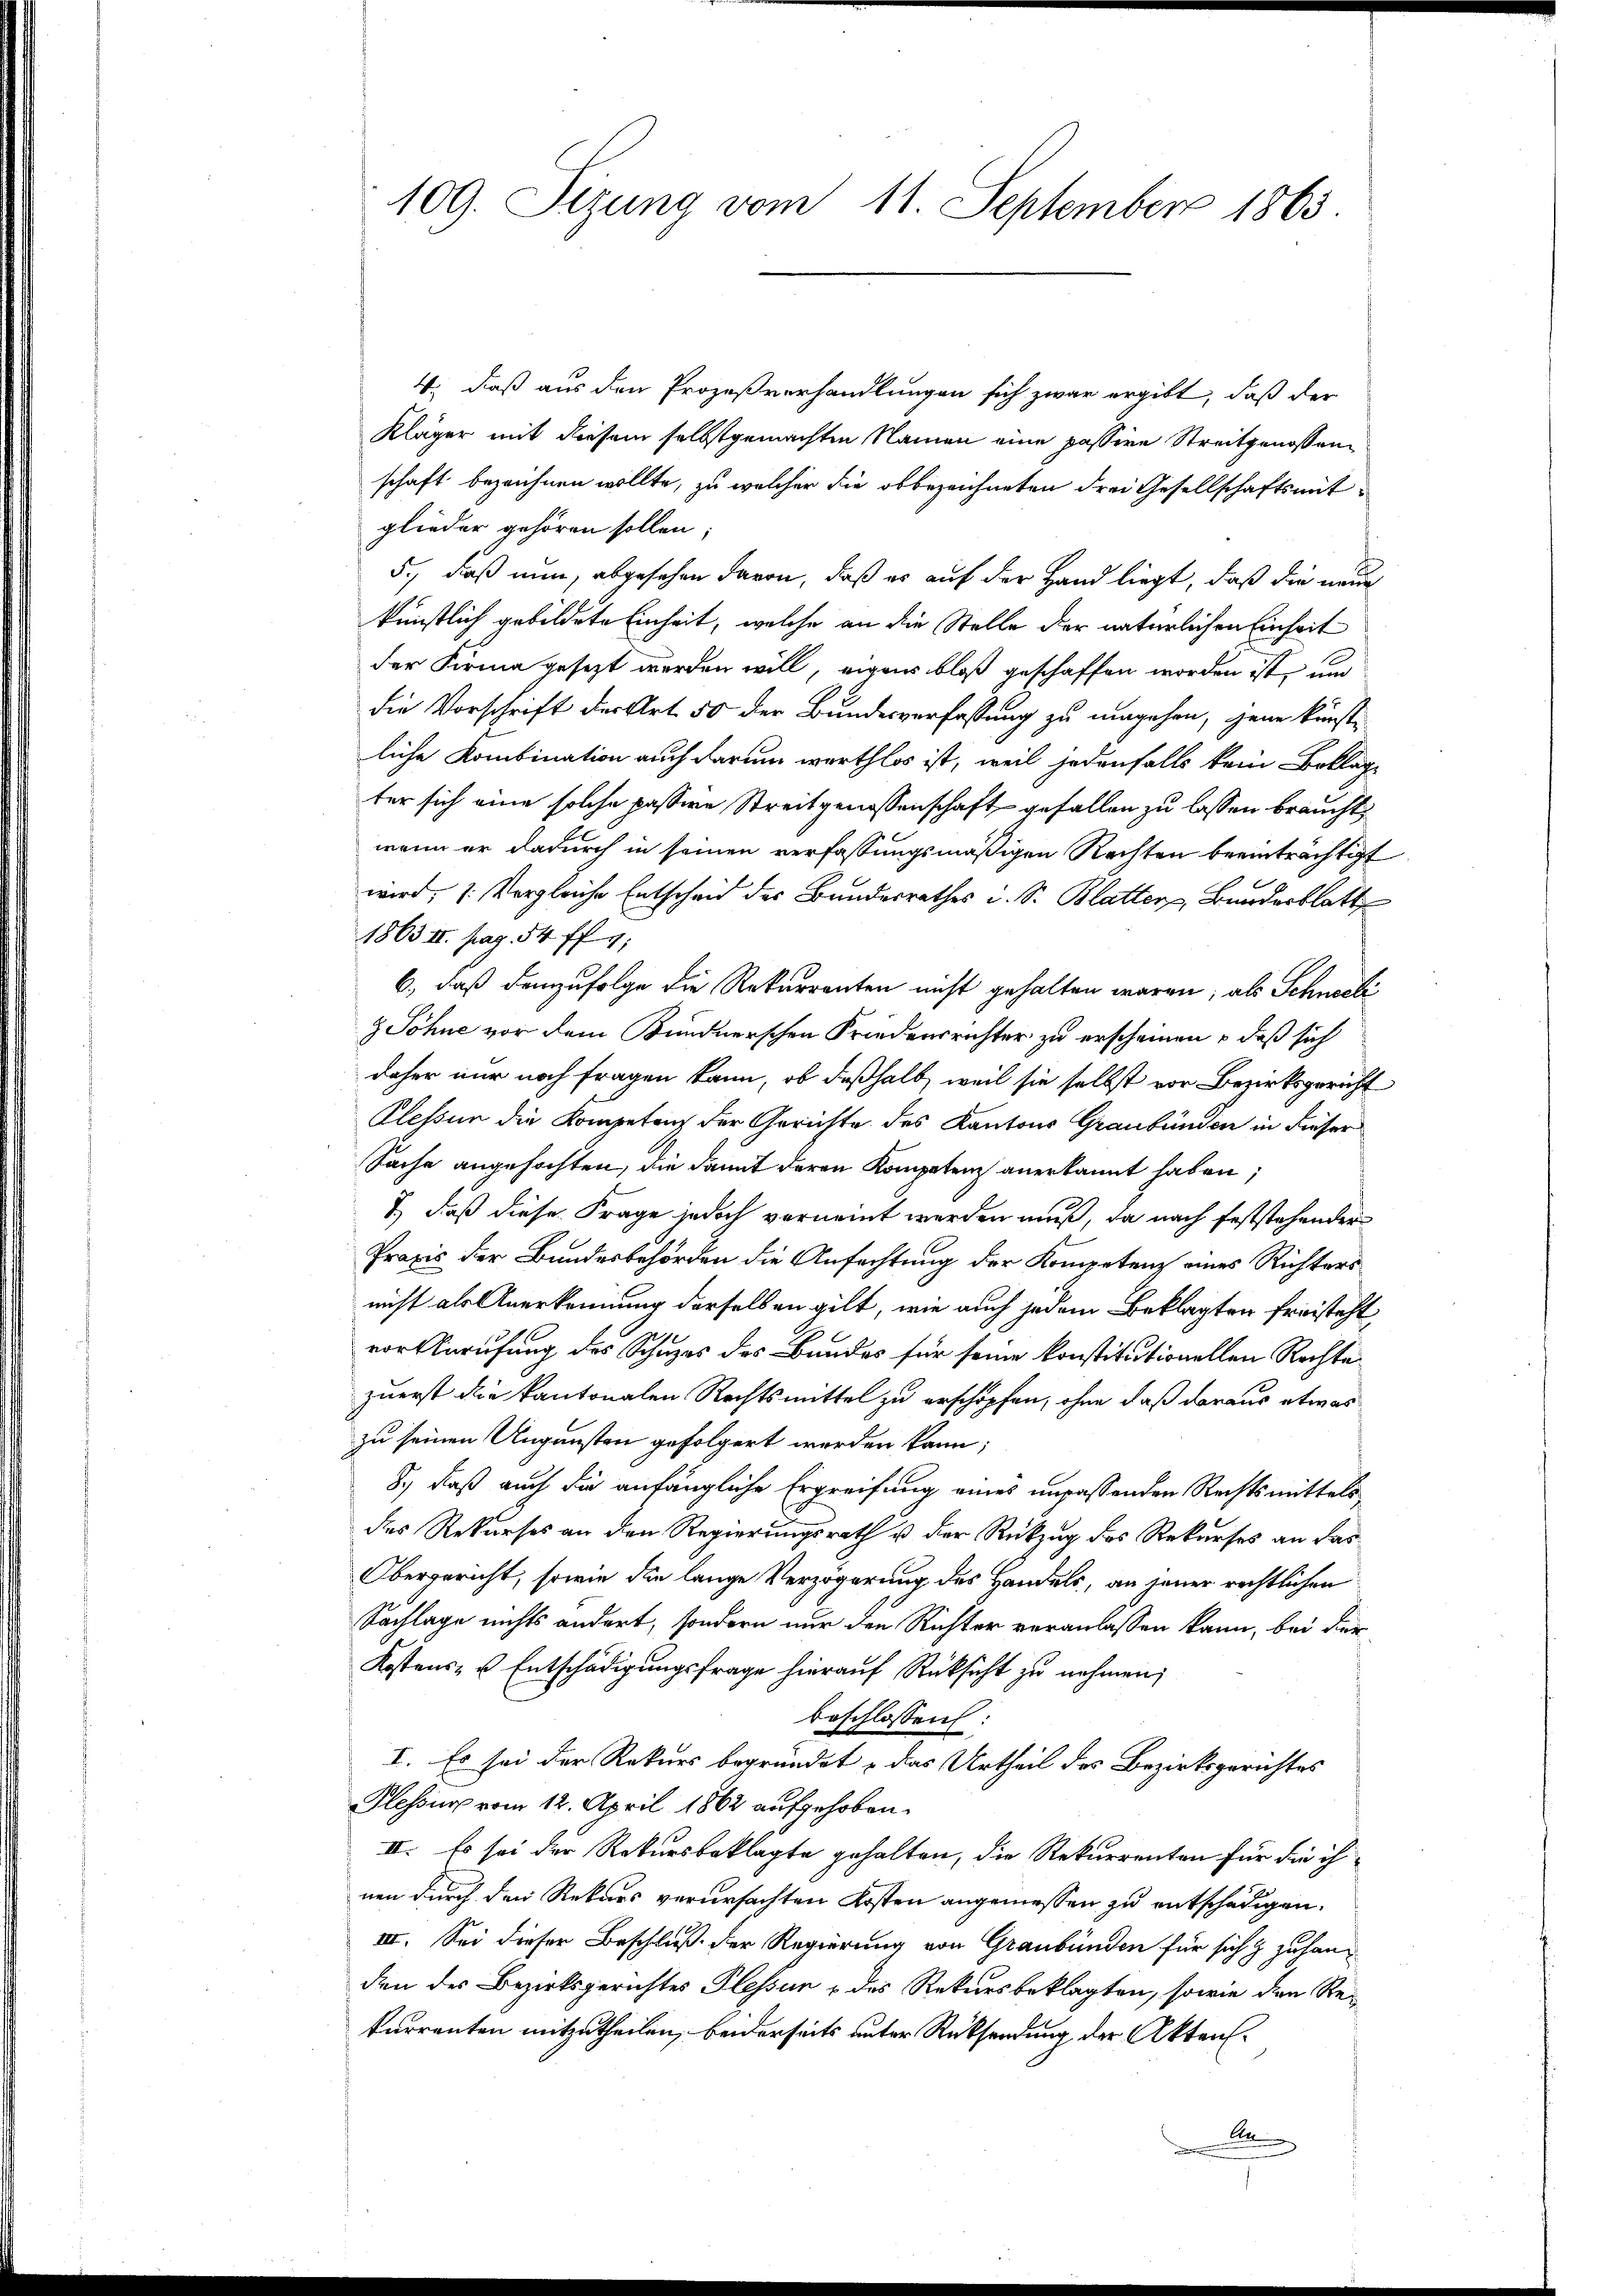
109. Sizung vom 11. September 1863.

4., daß aus den Prozeßverhandlungen sich zwar ergibt, daß der
Kläger mit diesem selbstgemachten Namen eine passive Streitgenossenschaft bezeichnen wollte, zu welcher die obbezeichneten drei Gesellschaftsmitglieder gehören sollen;
5., daß nun, abgesehen davon, daß es auf der Hand liegt, daß die neue
künstlich gebildete Einheit, welche an die Stelle der natürlichen Einheit
der Firma gesezt werden will, eigens bloß geschaffen worden ist, und
die Vorschrift der Art. 50 der Bundesverfassung zu umgehen, jene künstliche Kombination auch darum werthlos ist, weil jedenfalls kein Beklage
ter sich eine solche passive Streitgenossenschaft gefallen zu lassen braucht,
wenn er dadurch in seinen verfassungsmäßigen Rechten beeinträchtigt
wird, 1. Vergleiche Entscheid des Bundesrathes i. S. Blatter, Bunderblatt
1863 II. pag. 54 ff. 4,
6., daß demzufolge die Rekurrenten nicht gehalten waren; als Schneeli
 Söhne vor dem Bundnerschen Friedensrichter zu erscheinen, daß sich
daher nur noch fragen kann, ob deßhalb, weil sie selbst vor Bezirksgericht
Plessur die Kompetenz der Gerichte des Kantons Graubünden in dieser
Sache angefochten, die damit deren Kompetenz anerkannt haben;
7) daß diese Frage jedoch vorneint werden muß, da nach feststehender
Praxis der Bundesbehörden die Anfachtung der Kompetenz eines Richtersnicht als Anerkennung derselben gilt, wie auch jedem Beklagten freisteht,
vor Anrufung des Schuzes des Bundes für seine konstitutionellen Rechte
zuerst die kantonalen Rechtsmittel zu erschöpfen, ohne daß daraus etwas
zu seinen Ungünsten gefolgert werden kann;
8.) Daß auch die anfängliche Ergreifung eines unpassenden Rechtsmittels
des Rekurses an den Regierungsrath u der Rückzug des Rekurses an das
Obergericht, sowie die lange Verzögerung des Handels, an jener rechtlichen
Sachlage nichts ändert, sondern nur den Richter veranlassen kann, bei der
Kostens- u. Entschädigungsfrage hierauf Rücksicht zu nehmen;
beschlossen:
I. Es sei der Rekurs begründet & das Urtheil des Bezirksgerichtes
Plessung vom 12. April 1862 aufgehoben.
II. Es sei der Rekursbeklagte gehalten, die Rekurrenten für die ih
nen durch den Rekurs verursachten Kosten angemessen zu entschädigen.
III. Sei dieser Beschluß der Regierung von Graubünden für sich & zu handen des Bezirksgerichtes Plessen & des Rekursbeklagten, sowie den Rekurrenten mitzutheilen, beiderseits unter Rücksendung der Akten.
b